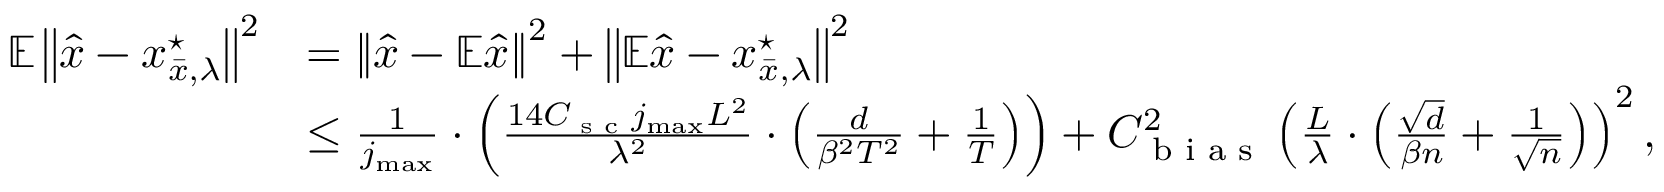
\begin{array} { r l } { \mathbb { E } \left\lVert \widehat { x } - x _ { \bar { x } , \lambda } ^ { \star } \right\rVert ^ { 2 } } & { = \left\lVert \widehat { x } - \mathbb { E } \widehat { x } \right\rVert ^ { 2 } + \left\lVert \mathbb { E } \widehat { x } - x _ { \bar { x } , \lambda } ^ { \star } \right\rVert ^ { 2 } } \\ & { \le \frac { 1 } { j _ { \operatorname* { m a x } } } \cdot \left( \frac { 1 4 C _ { \textup { s c } } j _ { \operatorname* { m a x } } L ^ { 2 } } { \lambda ^ { 2 } } \cdot \left( \frac { d } { \beta ^ { 2 } T ^ { 2 } } + \frac 1 T \right) \right) + C _ { \textup { b i a s } } ^ { 2 } \left( \frac L \lambda \cdot \left( \frac { \sqrt d } { \beta n } + \frac 1 { \sqrt n } \right) \right) ^ { 2 } , } \end{array}